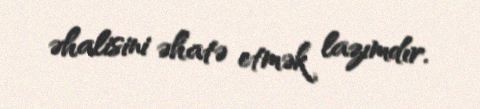
əhalisini əhatə etmək lazımdır.